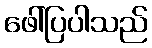
ဖေါ်ပြပါသည်